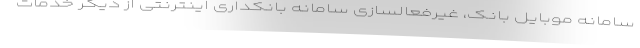
سامانه موبایل بانک، غیرفعالسازی سامانه بانکداری اینترنتی از دیگر خدمات